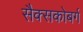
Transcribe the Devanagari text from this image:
सैक्सकोबर्ग